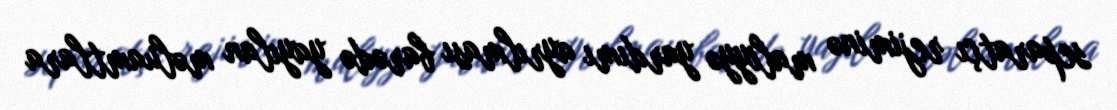
separatçı rejiminə maliyyə yardımı ayrılması barədə yayılan məluamtlara